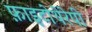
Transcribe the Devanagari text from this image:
फ़ाइटोथेरेपी